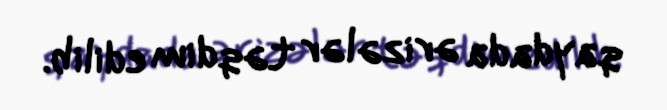
qaydada ərizələr təqdim edilib.